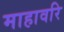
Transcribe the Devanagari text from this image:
माहावरि